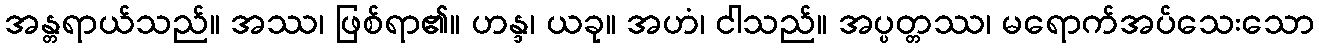
အန္တရာယ်သည်။ အဿ၊ ဖြစ်ရာ၏။ ဟန္ဒ၊ ယခု။ အဟံ၊ ငါသည်။ အပ္ပတ္တဿ၊ မရောက်အပ်သေးသော